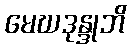
မေဃဒုန္ဒုဘိ